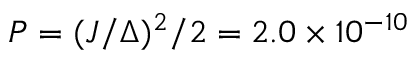
P = ( J / \Delta ) ^ { 2 } / 2 = 2 . 0 \times 1 0 ^ { - 1 0 }